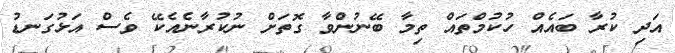
އަދި ކުރާ ބައެއް ހުކުމްތައް ތިމާ ބޭނުންވާ ގޮތަށް ނުކުރާނެއެކޭ ވެސް އަޅުގަނޑު